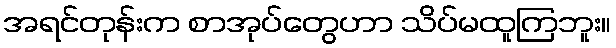
အရင်တုန်းက စာအုပ်တွေဟာ သိပ်မထူကြဘူး။